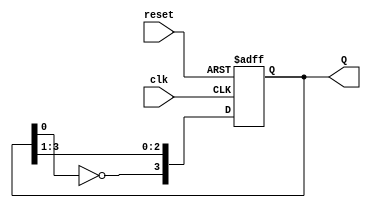
module johnson_counter (
    input wire clk,        // Clock input
    input wire reset,      // Asynchronous reset
    output reg [3:0] Q     // 4-bit output
);

// Always block triggered on the rising edge of the clock or when reset is asserted
always @(posedge clk or posedge reset) begin
    if (reset) begin
        Q <= 4'b0000;     // Initialize counter to 0000 on reset
    end else begin
        // Johnson counter logic
        Q[3] <= ~Q[0];    // Invert the output of the last flip-flop for the first flip-flop
        Q[2] <= Q[3];     // Shift the output of Q3 to Q2
        Q[1] <= Q[2];     // Shift the output of Q2 to Q1
        Q[0] <= Q[1];     // Shift the output of Q1 to Q0
    end
end

endmodule